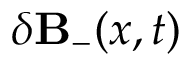
\delta { \bf B } _ { - } ( x , t )